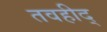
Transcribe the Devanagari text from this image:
तवहीद्